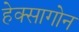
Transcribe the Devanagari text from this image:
हेक्सागोन